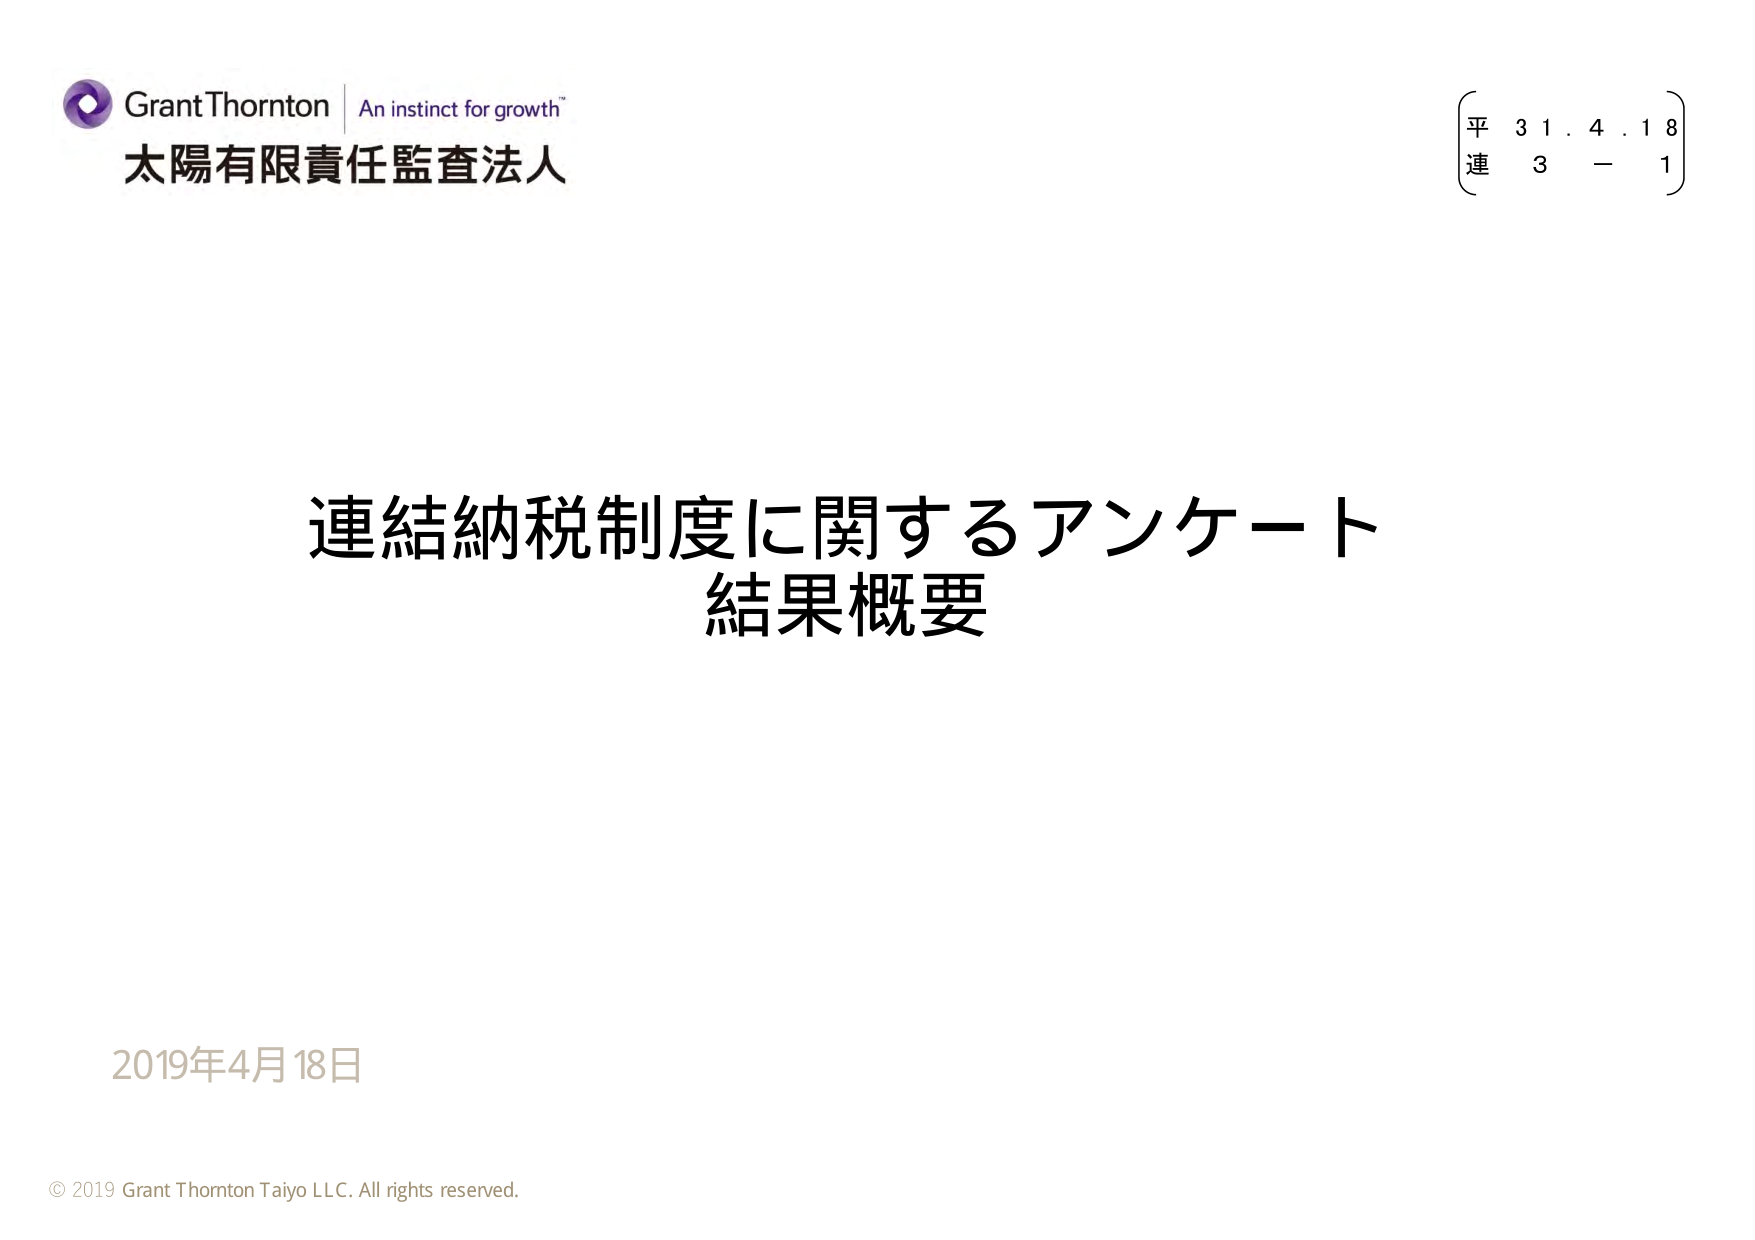
Grant Thornton | An instinct for growth™
太陽有限責任監査法人
平 31.4.18
連 3 - 1
連結納税制度に関するアンケート
結果概要
2019年4月18日
© 2019 Grant Thornton Taiyo LLC. All rights reserved.